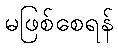
မဖြစ်စေရန်